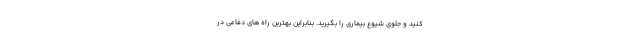
کنید و جلوی شیوع بیماری را بگیرید. بنابراین بهترین راه های دفاعی در